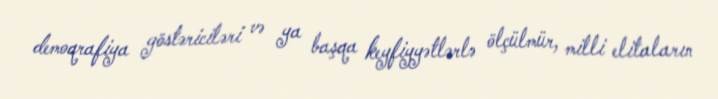
demoqrafiya göstəriciləri və ya başqa keyfiyyətlərlə ölçülmür, milli elitaların